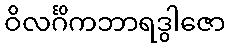
ဝိလင်္ဂိကဘာရဒွါဇော